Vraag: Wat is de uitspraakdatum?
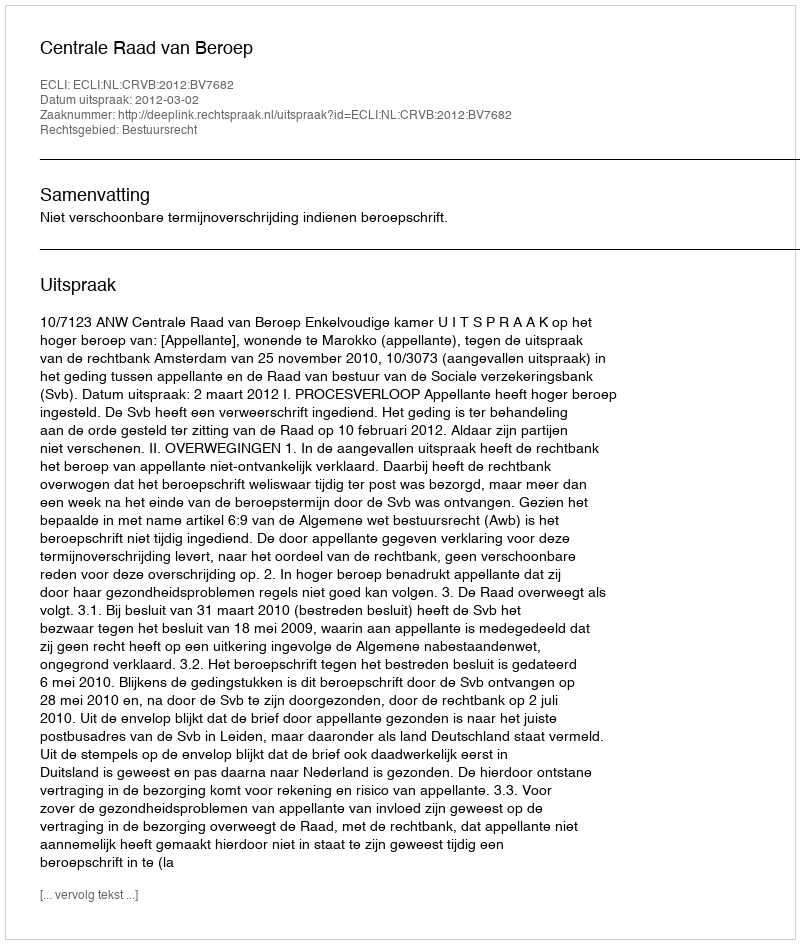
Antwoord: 2012-03-02